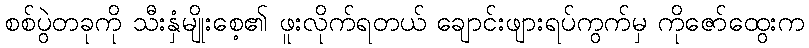
စစ်ပွဲတခုကို သီးနှံမျိုးစေ့၏ ဖူးလိုက်ရတယ် ချောင်းဖျားရပ်ကွက်မှ ကိုဇော်ထွေးက